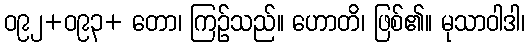
ဝ၉၂+ဝ၉၃+ တော၊ ကြဉ်သည်။ ဟောတိ၊ ဖြစ်၏။ မုသာဝါဒါ၊